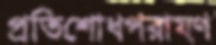
প্রতিশোধপরায়ণ